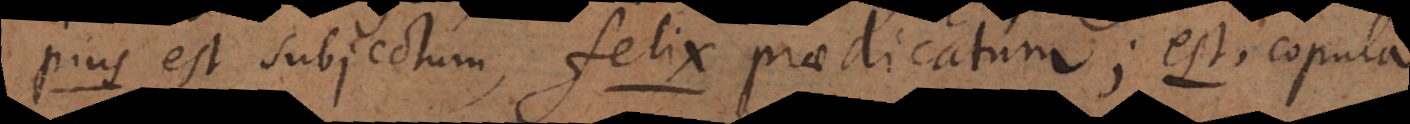
pius est subjectum, felix praedicatum; est, copula.